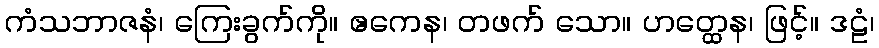
ကံသဘာဇနံ၊ ကြေးခွက်ကို။ ဧကေန၊ တဖက် သော။ ဟတ္ထေန၊ ဖြင့်။ ဒဠံ၊